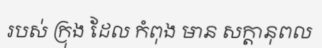
របស់ ក្រុង ដែល កំពុង មាន សក្តានុពល